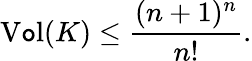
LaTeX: \operatorname{V\mathtt{o}l}(K)\leq{\frac{{(n+1)^{n}}}{{n!}}}.